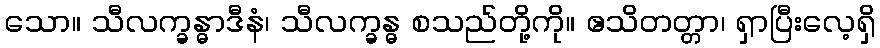
သော။ သီလက္ခန္ဓာဒီနံ၊ သီလက္ခန္ဓ စသည်တို့ကို။ ဧသိတတ္တာ၊ ရှာပြီးလေ့ရှိ